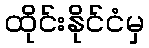
ထိုင်းနိုင်ငံမှ